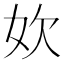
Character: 𫰑